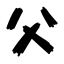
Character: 父